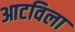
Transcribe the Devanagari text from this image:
आटविला